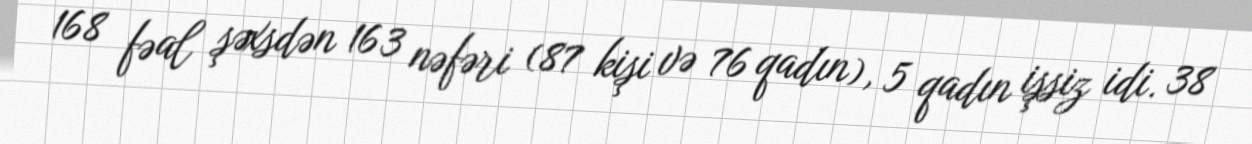
168 fəal şəxsdən 163 nəfəri (87 kişi və 76 qadın), 5 qadın işsiz idi. 38